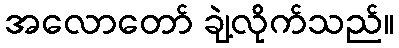
အလောတော် ချဲ့လိုက်သည်။